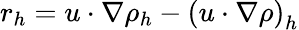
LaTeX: r_{h}=u\cdot\nabla\rho_{h}-\left(u\cdot\nabla\rho\right)_{h}